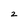
Character: 2